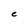
Character: e